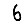
Digit: 6